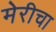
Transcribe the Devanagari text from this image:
मेरीचा